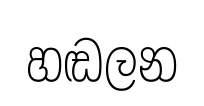
හඬලන